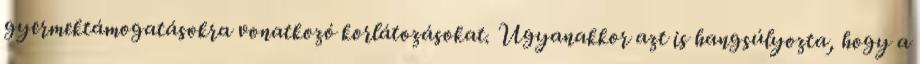
gyermektámogatásokra vonatkozó korlátozásokat. Ugyanakkor azt is hangsúlyozta, hogy a